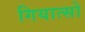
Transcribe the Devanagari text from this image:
गियात्सो